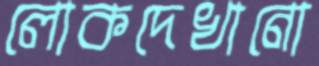
লোকদেখানো